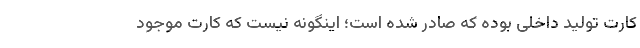
کارت تولید داخلی بوده که صادر شده است؛ اینگونه نیست که کارت موجود